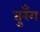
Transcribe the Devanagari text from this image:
तुरँग